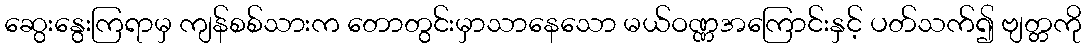
ဆွေးနွေးကြရာမှ ကျန်စစ်သားက တောတွင်းမှာသာနေသော မယ်ဝဏ္ဏအကြောင်းနှင့် ပတ်သက်၍ ဗျတ္တကို